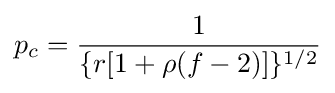
p_{c}={\frac {1}{\{r[1+\rho (f-2)]\}^{1/2}}}